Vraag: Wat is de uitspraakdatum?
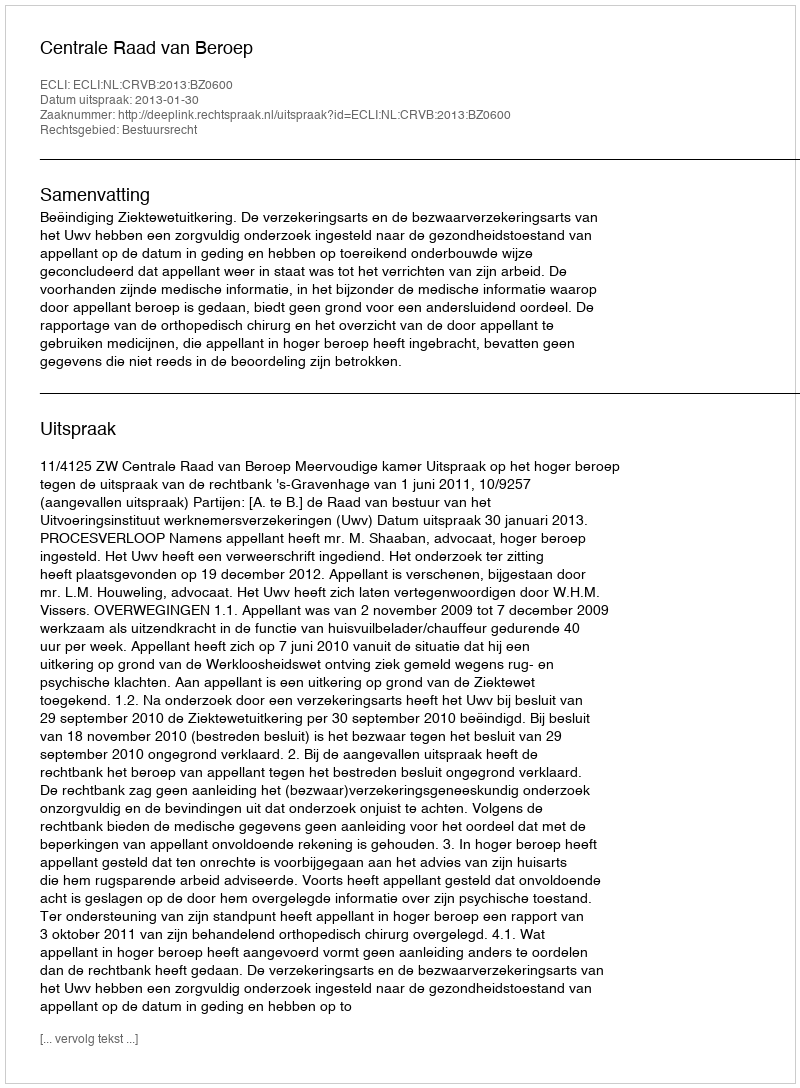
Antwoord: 2013-01-30